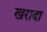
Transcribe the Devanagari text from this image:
खरादा